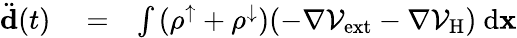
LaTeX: \begin{array}{rlr}{\ddot{\mathbf d}(t)}&{{}=}&{\int{(\rho^{\uparrow}+\rho^{\downarrow})(-\nabla\mathcal{V}_{\mathrm{ext}}-\nabla\mathcal{V}_{\mathrm{H}})\ \mathrm{d}{\mathbf x}}}\end{array}